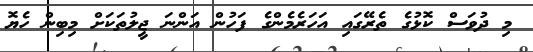
މި ދުވަސް ކޮޅުގެ ތެރޭގައި އަހަރެމެންގެ ފަހުން އަންނަ ޖީލުތަކަށް މިބިން ހެޔޮ